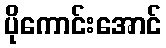
ပိုကောင်းအောင်